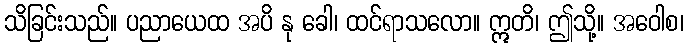
သိခြင်းသည်။ ပညာယေထ အပိ နု ခေါ၊ ထင်ရာသလော။ ဣတိ၊ ဤသို့။ အဝေါစ၊